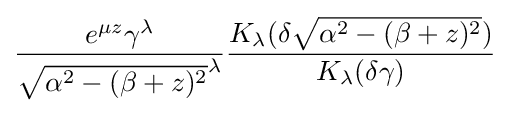
{\frac {e^{\mu z}\gamma ^{\lambda }}{{\sqrt {\alpha ^{2}-(\beta +z)^{2}}}^{\lambda }}}{\frac {K_{\lambda }(\delta {\sqrt {\alpha ^{2}-(\beta +z)^{2}}})}{K_{\lambda }(\delta \gamma )}}